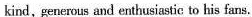
kind,generous and enthusiastic to his fans.